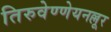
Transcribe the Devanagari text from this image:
तिरुवेण्णेयनल्लूर